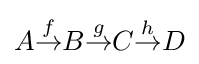
A{\stackrel {f}{\to }}B{\stackrel {g}{\to }}C{\stackrel {h}{\to }}D